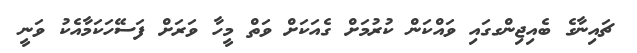
ޗައިނާގެ ބެއިޖިންގގައި ވައްކަން ކުރުމަށް ގެއަކަށް ވަތް މީހާ ވަރަށް ފަސޭހަކަމާއެކު ވަނީ